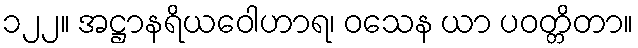
၁၂၂။ အဋ္ဌာနရိယဝေါဟာရ၊ ဝသေန ယာ ပဝတ္တိတာ။